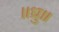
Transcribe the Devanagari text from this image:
॥ध्रु॥